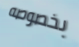
بخصوصه